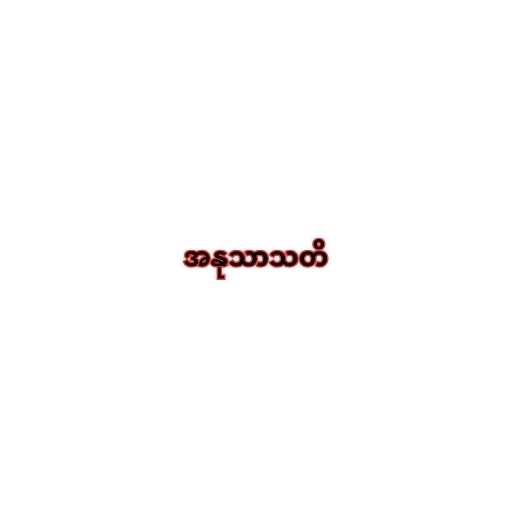
အနုသာသတိ